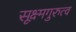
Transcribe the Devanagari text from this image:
सूक्ष्मगुरुत्व